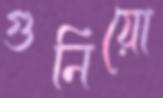
গুনিয়ো